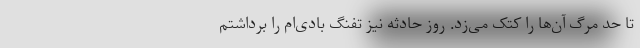
تا حد مرگ آن‌ها را کتک می‌زد. روز حادثه نیز تفنگ بادی‌ام را برداشتم